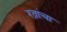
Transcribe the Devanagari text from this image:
रत्नांचा